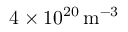
4 \times 1 0 ^ { 2 0 } \, \mathrm { m } ^ { - 3 }